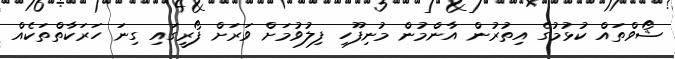
ޝޯވްތައް ކުޅުމުގެ އިތުރުން އާންމުން މުނިފޫހި ފިލުވުމަށް ވަރަށް ފޯރީގައި ގިނަ ހަރަކާތްތަކެއް